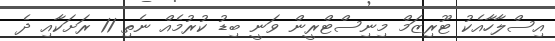
އިސްލާހާއެކު ޓޫރިޒަމް މިނިސްޓްރީން ވަނީ ބިޑު ކުރުމެއް ނެތި 11 ރަށަކާއި ދެ